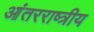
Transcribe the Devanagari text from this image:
आंतरराष्त्रीय